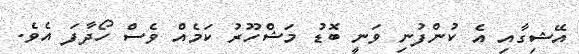
އޭޝިގާއި އެ ކުންފުނި ވަނީ ބޮޑު މަޝްހޫރު ކަމެއް ވެސް ހޯދާފަ އެވެ.